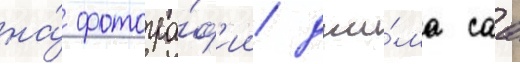
на́ фотогра́ф'ии джи́ма саа